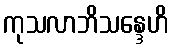
ကုသလာဘိသန္ဒေဟိ